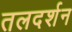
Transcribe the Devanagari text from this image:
तलदर्शन